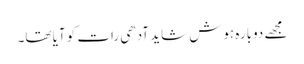
مجھے دوبارہ ہوش شاید آدھی رات کو آیا تھا۔